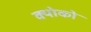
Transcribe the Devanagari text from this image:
क्योको